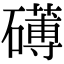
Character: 礡